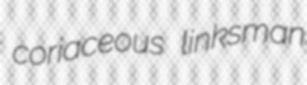
coriaceous linksman